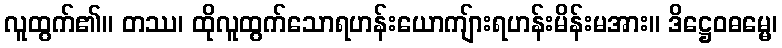
လူထွက်၏။ တဿ၊ ထိုလူထွက်သောရဟန်းယောကျ်ားရဟန်းမိန်းမအား။ ဒိဋ္ဌေဝဓမ္မေ၊